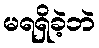
မရရှိခဲ့ဘဲ